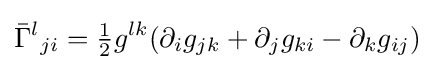
{\bar {\Gamma }}^{l}{}{}_{ji}={\tfrac {1}{2}}g^{lk}(\partial _{i}g_{jk}+\partial _{j}g_{ki}-\partial _{k}g_{ij})